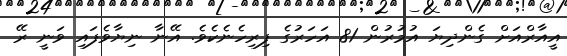
އީއާރްއަށް ގެންދިޔަ އުމުުރުން 81 އަހަރުގެ ފިރިހެނެކެވެ. އޭނާ ނިޔާވެފައި ވަނީ ރޭ